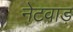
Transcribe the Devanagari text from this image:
नेटवाड़